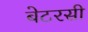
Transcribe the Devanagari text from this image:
बेटरसी